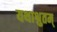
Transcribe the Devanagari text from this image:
यथाश्रुतम्